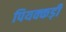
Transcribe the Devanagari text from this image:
पियक्कड़ी